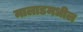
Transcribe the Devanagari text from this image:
मालाडमधील